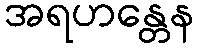
အရဟန္တေန